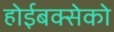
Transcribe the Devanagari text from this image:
होईबक्सेको